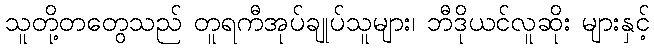
သူတို့တတွေသည် တူရကီအုပ်ချုပ်သူများ၊ ဘီဒိုယင်လူဆိုး များနှင့်